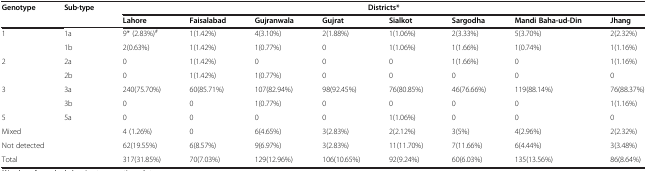
| <ROWSPAN=2> Genotype | <ROWSPAN=2> Sub-type | <COLSPAN=8> Districts* |
 | Lahore | Faisalabad | Gujranwala | Gujrat | Sialkot | Sargodha | Mandi Baha-ud-Din | Jhang |
 | --- | --- | --- | --- | --- | --- | --- | --- | --- | --- |
 | 1 | 1a | 9* (2.83%)# | 1(1.42%) | 4(3.10%) | 2(1.88%) | 1(1.06%) | 2(3.33%) | 5(3.70%) | 2(2.32%) |
 |  | 1b | 2(0.63%) | 1(1.42%) | 1(0.77%) | 0 | 1(1.06%) | 1(1.66%) | 1(0.74%) | 1(1.16%) |
 | 2 | 2a | 0 | 1(1.42%) | 0 | 0 | 0 | 1(1.66%) | 0 | 1(1.16%) |
 |  | 2b | 0 | 1(1.42%) | 1(0.77%) | 0 | 0 | 0 | 0 | 0 |
 | 3 | 3a | 240(75.70%) | 60(85.71%) | 107(82.94%) | 98(92.45%) | 76(80.85%) | 46(76.66%) | 119(88.14%) | 76(88.37%) |
 |  | 3b | 0 | 0 | 1(0.77%) | 0 | 0 | 0 | 0 | 1(1.16%) |
 | 5 | 5a | 0 | 0 | 0 | 0 | 1(1.06%) | 0 | 0 | 0 |
 | <COLSPAN=2> Mixed | 4 (1.26%) | 0 | 6(4.65%) | 3(2.83%) | 2(2.12%) | 3(5%) | 4(2.96%) | 2(2.32%) |
 | <COLSPAN=2> Not detected | 62(19.55%) | 6(8.57%) | 9(6.97%) | 3(2.83%) | 11(11.70%) | 7(11.66%) | 6(4.44%) | 3(3.48%) |
 | Total |  | 317(31.85%) | 70(7.03%) | 129(12.96%) | 106(10.65%) | 92(9.24%) | 60(6.03%) | 135(13.56%) | 86(8.64%) |